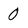
Character: 0